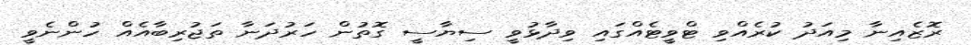
ރޮޒެއިނާ މިއަދު ކުރެއްވި ޓްވީޓެއްގައި ވިދާޅުވީ ސިޔާސީ ގޮތުން ހަރުދަނާ ތަޖުރިބާއެއް ހުންނެވީ